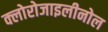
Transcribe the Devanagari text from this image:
क्लोरोजाइलीनोल